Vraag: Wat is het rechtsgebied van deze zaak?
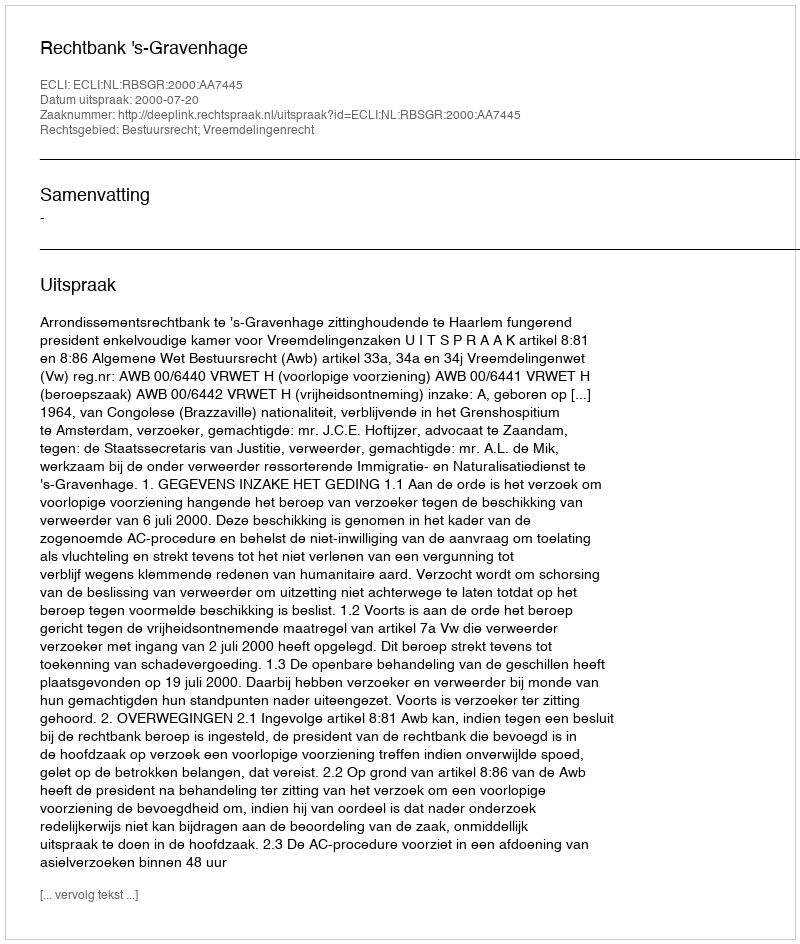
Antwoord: Bestuursrecht; Vreemdelingenrecht